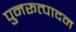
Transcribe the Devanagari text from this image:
पुनरूत्पादन